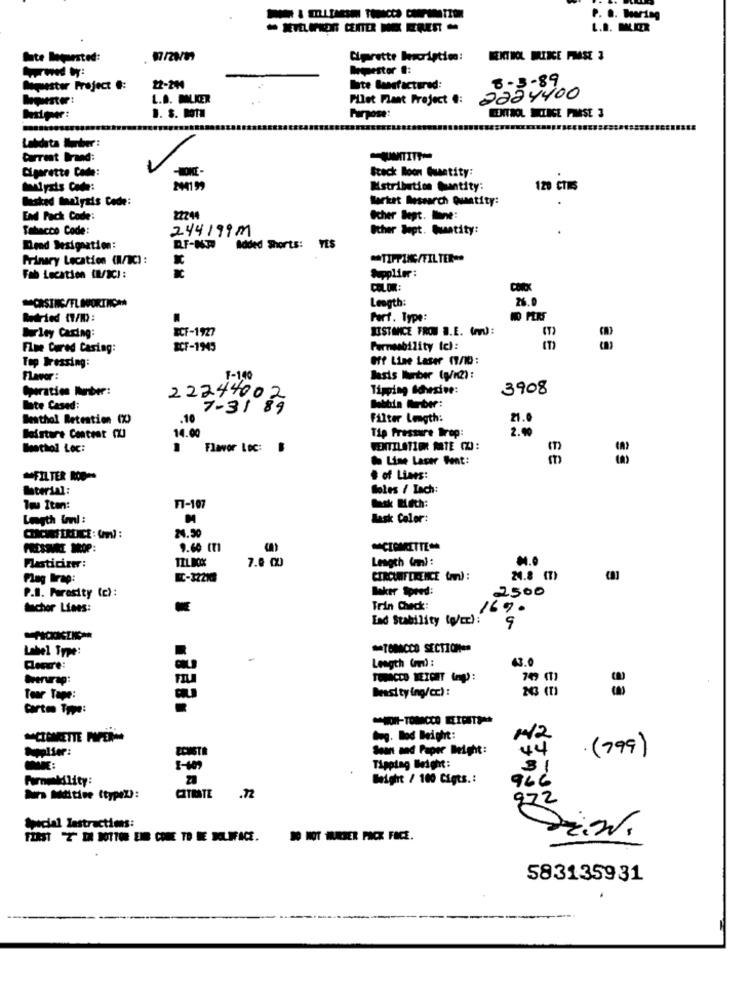
P. D. Bearing
L.D. MMLER
te loquested:
Cigrette hocription:
Beipestor .:
8-3-89
Mapiester Project #:
22-244
bte Gaanfacturad:
L.D. MALKER
Pllet Flant Project #:
2224400
1. $. BOTH
Purpose:
HEXTROL MILICE PIMASE 3
Labdata Auber:
Current Brand:
Cigarette Code:
Stack Moon Quantity:
Molysis Code:
Mstribution Quantity:
120 CTIS
Masked Inalysis Code:
Market Research Quatity:
End Pack Code:
22244
Ocher lept. Ine:
Tabacco Code:
244199M
Other Sept. Quatity:
Dend Designation:
RF-NR
Added Shorts: YES
Primary Location (W/C) :
** TIPPUUC/FILTER-
Fab Location (W/IC) :
Supplier:
calOn:
COCK
Length:
26.0
PORSING/FL IMPORTNON
Bedried (1/10):
Forf. Type:
NO PERS
Burley Caring:
ECF-1927
DISTANCE FROM B.E. (Pv):
Flue Cured Casing:
ICF-1945
Permeability (c):
Top Dressing:
Off Line Laser 11/10:
Flavor :
1-140
ladis Wurber (g/n2) :
Operation Nober:
Tipping Adhesive:
3908
22244002
late Cased:
7-31 89
Beathol Retention (%)
.10
Filter Length:
21.
14.00
2.00
Boisture Content (XJ
Tip Pressure Drop:
Boothol Loc:
Flavor Loc:
VENTILATION MATE (Z):
Line Lacer Fent:
FILTER ROP-
# of Lines:
Material:
Soles / Lach:
Tm Iten:
F1-107
hsk Heth:
Legth Wml :
Jask Color:
24.50
9.60 (T1
CIGARETTE **
Plasticizer:
TIL BOX
7.0 00
Length (m) :
Plag Irap:
BC-322108
CIRCUMFERENCE (m) :
24.8 (7)
P.S. Parasity (c) :
Baker Speed:
2500
Sachor Lines:
Trin Check:
Ead Stability to/cr) :
9
Label Type:
*TOBACCO SECTION=
Length (md) :
43.0
Cleerre:
Werurap:
Tear Tape:
Deasi ty ing/cc) :
Carto Type:
CIGARETTE PAPER
Avg. Blod Beight:
Sean and Paper Weight:
4
(799)
Tipping Weight:
31
Farnekdlity:
Weight / 100 Cigts .:
966
Ma Mültive (typex):
CITRATE .72
972
Special lastractions:
FURST T- IN DOTTOR END COME TO ME MILIFACE.
10 MOT SKIER FICK FICE.
583135931